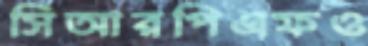
সিআরপিএফও